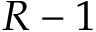
R - 1